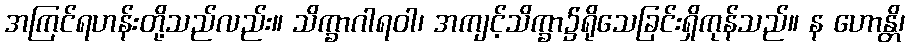
အကြင်ရဟန်းတို့သည်လည်း။ သိက္ခာဂါရဝါ၊ အကျင့်သိက္ခာ၌ရိုသေခြင်းရှိကုန်သည်။ န ဟောန္တိ၊